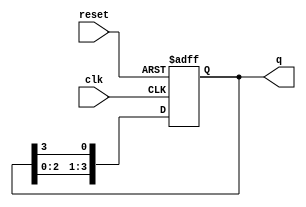
module ring_counter (
    input wire clk,        // Clock input
    input wire reset,      // Asynchronous reset
    output reg [3:0] q     // 4-bit output representing the state
);

// Always block triggered on the rising edge of the clock or when reset is active
always @(posedge clk or posedge reset) begin
    if (reset) begin
        // Asynchronous reset: set initial state to 1000
        q <= 4'b1000;
    end else begin
        // Shift the '1' to the next flip-flop in the ring
        q <= {q[2:0], q[3]}; // Shift left and wrap around
    end
end

endmodule